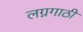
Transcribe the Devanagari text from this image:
लग्नगाठी